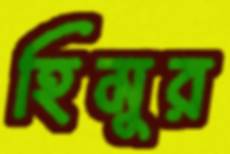
হিমুর